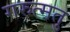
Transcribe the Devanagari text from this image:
गरुत्मतु